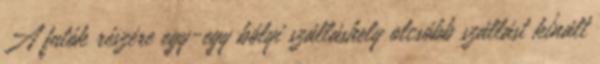
A futók részére egy-egy bólyi szálláshely olcsóbb szállást kínált